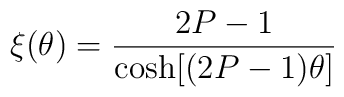
\xi(\theta)=\frac{2P-1}{\cosh[(2P-1)\theta]}